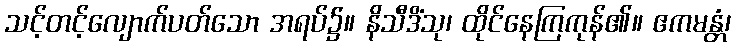
သင့်တင့်လျောက်ပတ်သော အရပ်၌။ နိသီဒိံသု၊ ထိုင်နေကြကုန်၏။ ဧကမန္တံ၊